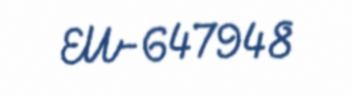
EU-647948